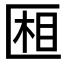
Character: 𰅧